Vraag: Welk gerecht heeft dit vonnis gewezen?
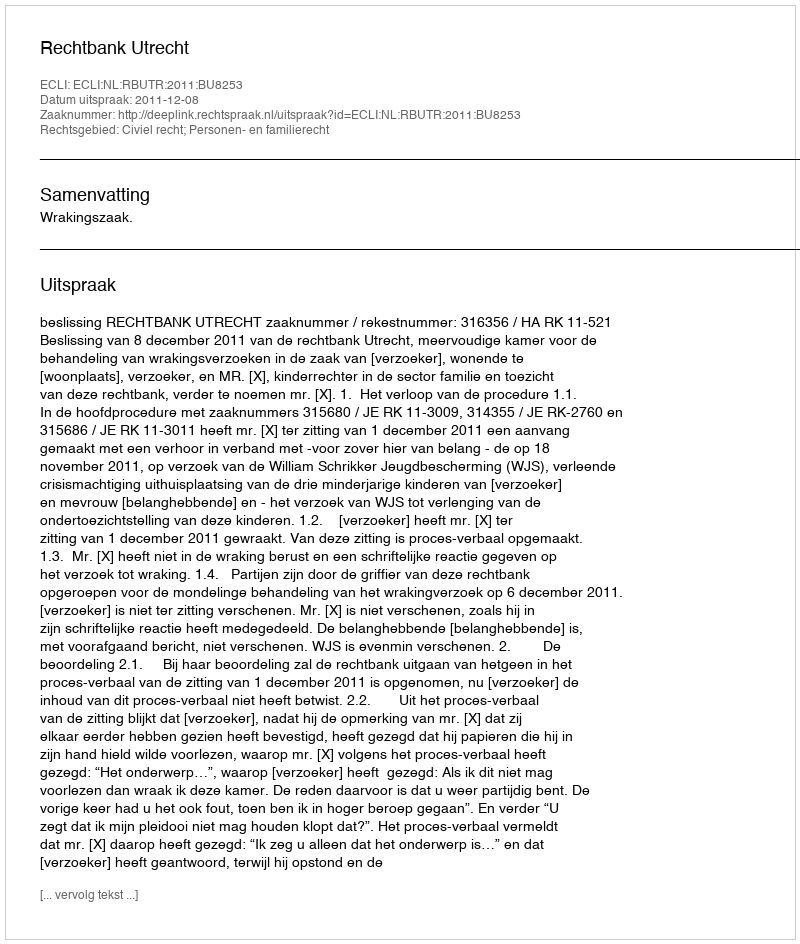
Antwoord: Rechtbank Utrecht